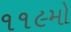
૧૧૯મો